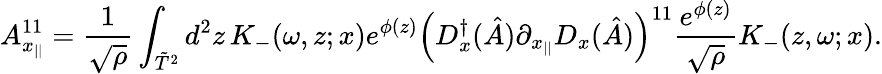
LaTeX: A_{x_{||}}^{11}=\frac{1}{\sqrt{\rho}}\int_{\tilde{T}^{2}}d^{2}z\, K_{-}(\omega,z;x)e^{\phi(z)}\left(D_{x}^{\dagger}(\hat{A})\partial_{x_{||}}D_{x}(\hat{A})\right)^{11}\frac{e^{\phi(z)}}{\sqrt{\rho}}K_{-}(z,\omega;x).